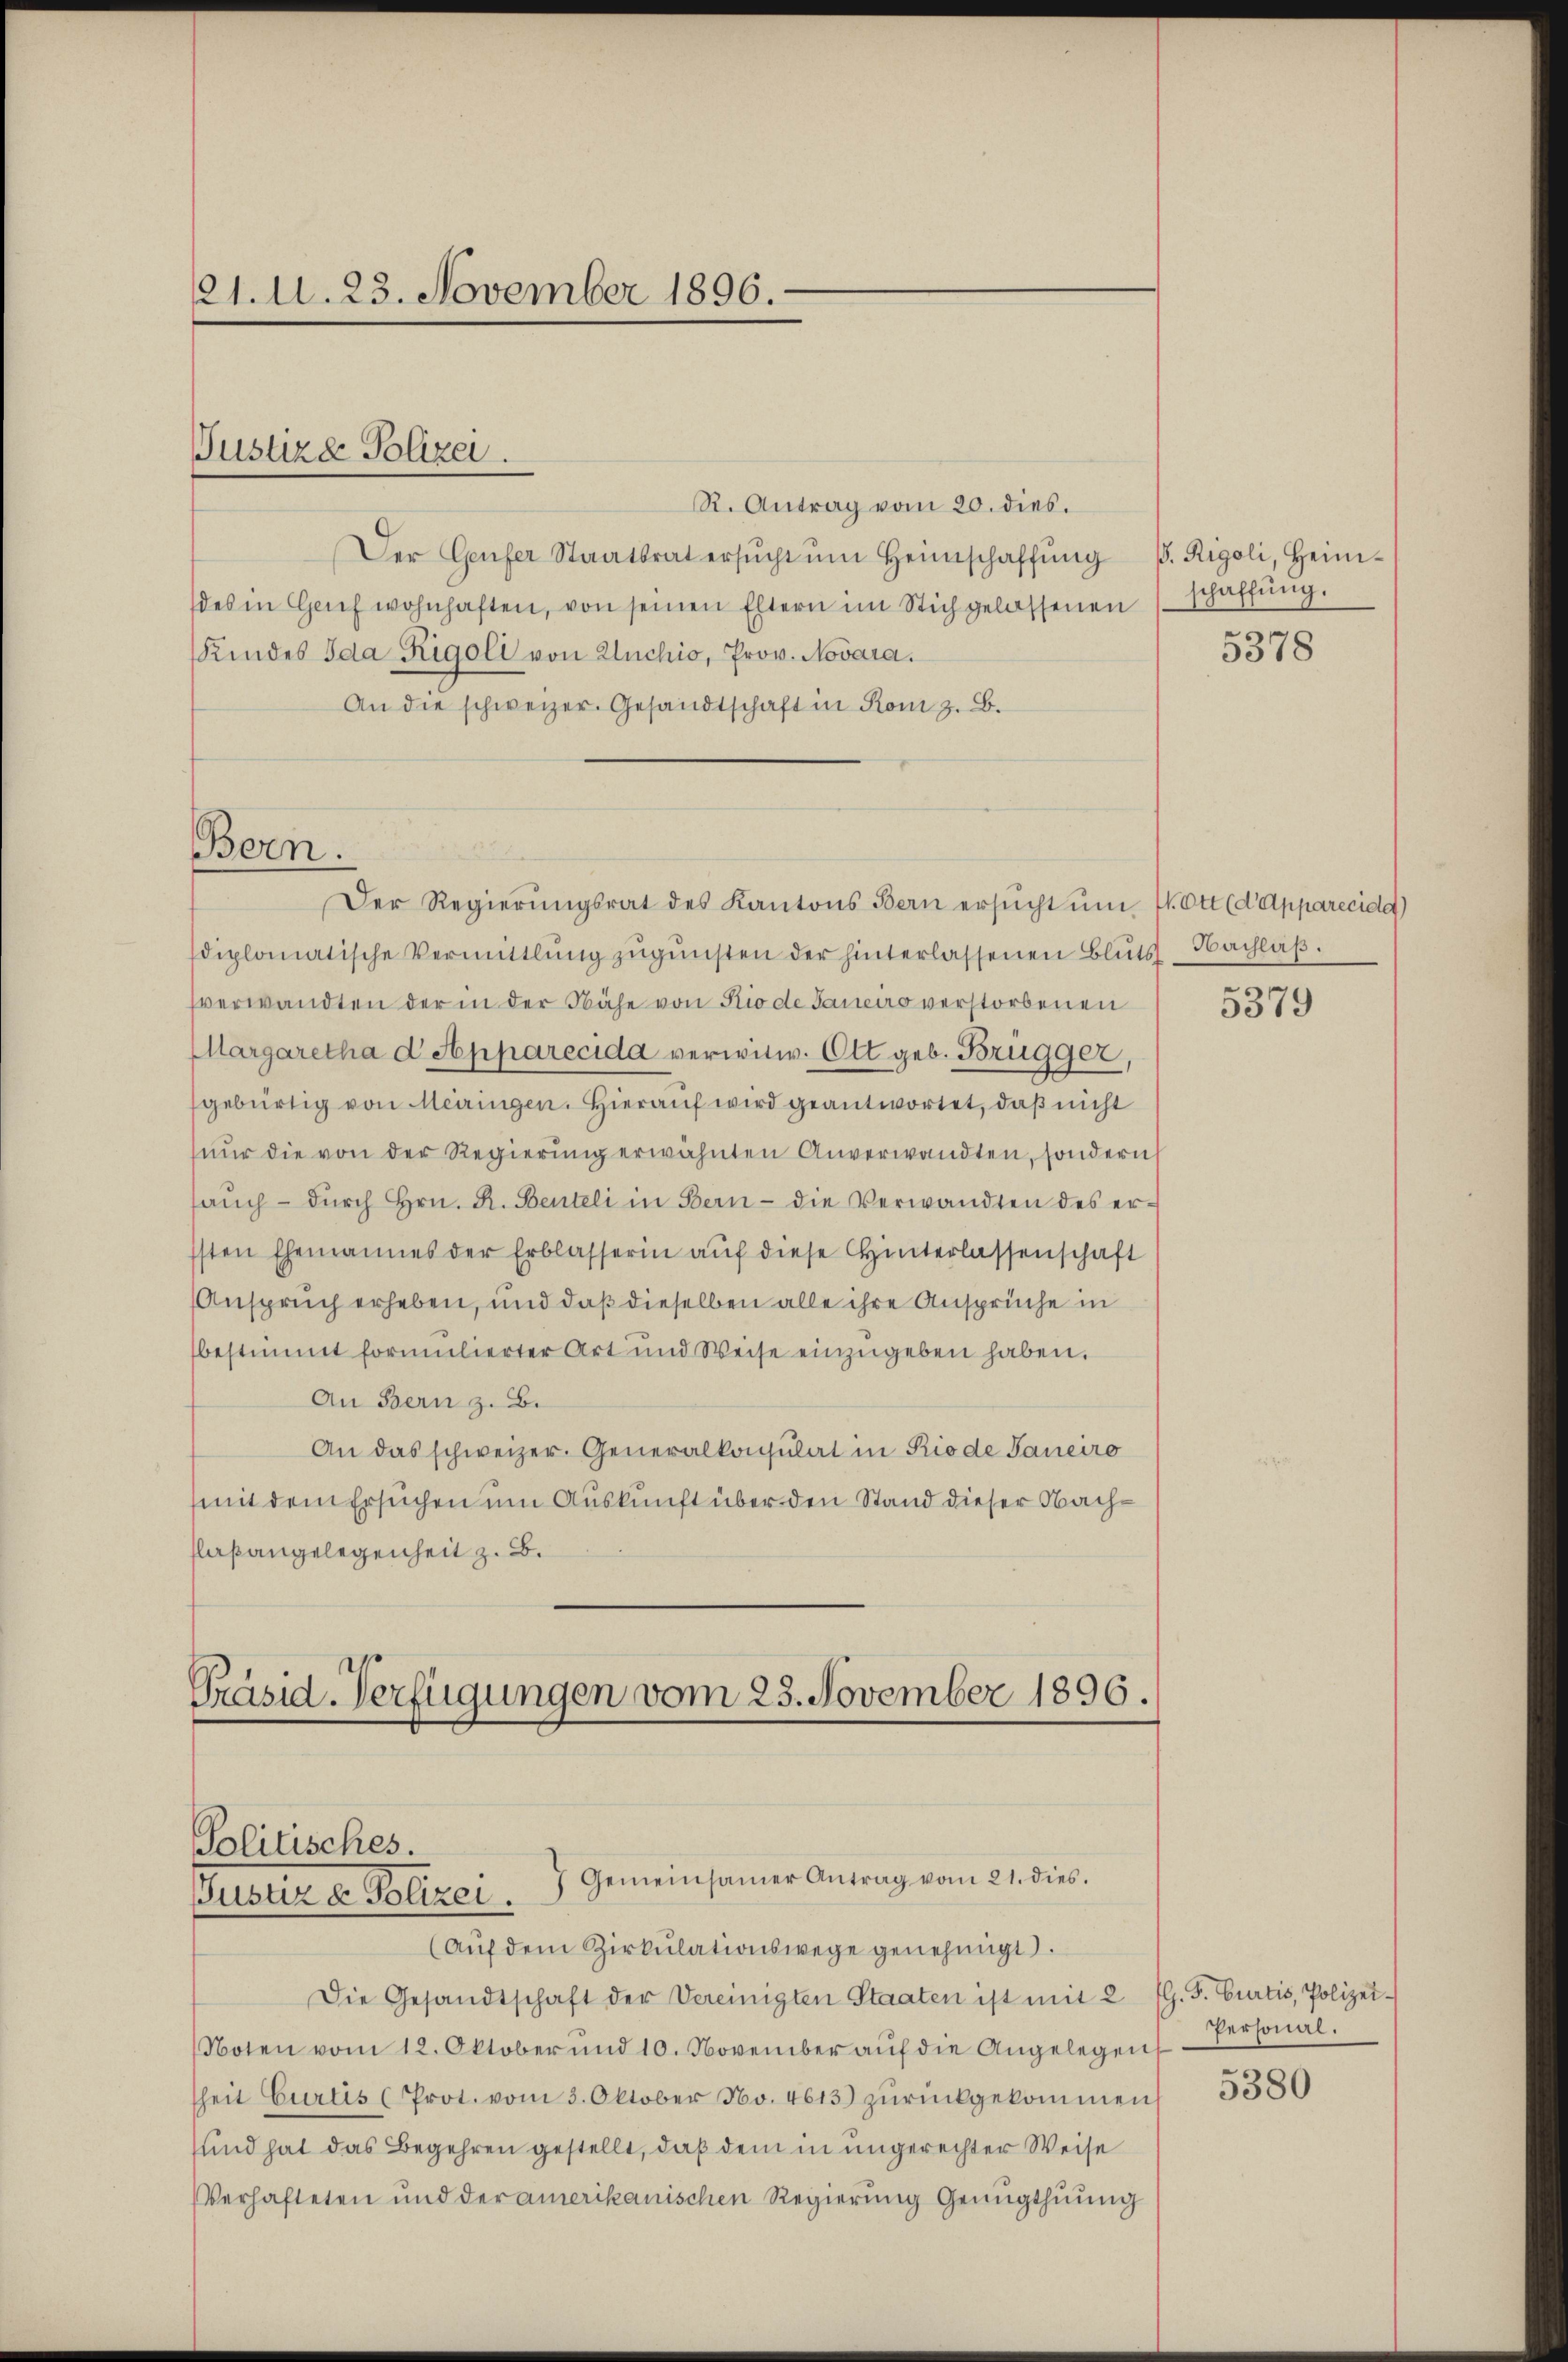
21. d. 23. November 1896.

R. Antrag vom 20. dies.
Der Genfer Staatsrat ersŭcht ŭm Heimschaffŭng d. Rigoli, Heim-
des in Genf wohnhaften, von seinen Eltern im Stich gelassenen
Kundes Ida Rigoli von Euchio, Prov. Novara.
An die schweizer. Gesandtschaft in Rom z. B.
Der Regierŭngsrat des Kantons Bern ersŭcht ŭm V. Ott (d Apparecida)
diplomatische Vermittlung zŭgŭnsten der hinterlassenen Blŭts-Nachlaβ.
sverwandten der in der Nähe von Rio de Janeiro verstorbenen
Margaretha d Apparecida verwitw. Ott geb. Brügger,
gebürtig von Meiringen. Hierauf wird geantwortet, daß nicht
nŭr die von der Regierung erwähnten Anverwandten, sondern
saŭch dŭrch Hrn. R. Benteli in Bern - die Verwandten des erssten Ehemannes der Erblasserin aŭf diese Hinterlassenschaft
Anspruch erheben, und daß dieselben alle ihre Ansprüche in
bestimmt formulierter Art und Weise einzŭgeben haben.
An Bern z. B.
An das schweizer. Generalkonsulat in Rio de Janeiro
mit dem Ersuchen um Auskunft über den Stand dieser Nachflaßangelegenheit z. B.
Präsid. Verfügungen vom 23. November 1896.

Justiza Polizei.

u
Bern.

Politisches.
7 Gemeinsamer Antrag vom 21. dies.
Gusen u. Polizei.

schaffung.

(Aŭf dem Zirkŭlationswege genehmigt.
Die Gesandtschaft der Vereinigten Staaten ist mit 2 fl. S. Curtis, Polizei-
Noten vom 12. Oktober und 10. November aŭf die Angelegen Personal-
heit Curtis (Prot. vom 3. Oktober No. 4613) zŭrückgekommen
und hat das Begehren gestellt, daß dem in ungerechter Weise
Verhafteten und der amerikanischen Regierung Genügthuung

5378

5379

5380